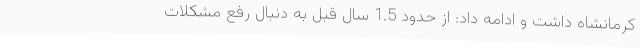
کرمانشاه داشت و ادامه داد: از حدود 1.5 سال قبل به دنبال رفع مشکلات